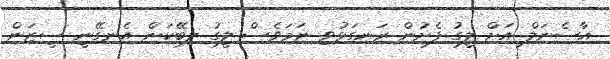
އާސެނަލް އަށް ލީގު ފެށުން ރަނގަޅުވި ނަމަވެސް ލީގު ލިބޭކަން އެނގޭނީ ސީޒަން